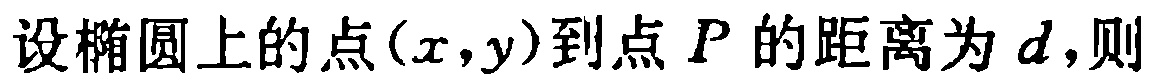
设椭圆上的点\((x,y)\)到点\(P\)的距离为\(d\)，则